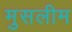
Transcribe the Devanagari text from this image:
मुसलीम